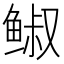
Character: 𩾈